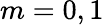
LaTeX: m=0,1